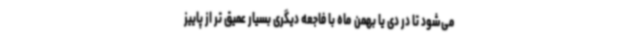
می‌شود تا در دی یا بهمن ماه با فاجعه دیگری بسیار عمیق تر از پاییز